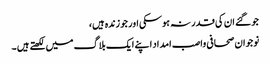
جو گئے ان کی قدر نہ ہوسکی اور جو زندہ ہیں،
نوجوان صحافی واصب امداد اپنے ایک بلاگ میں لکھتے ہیں ۔